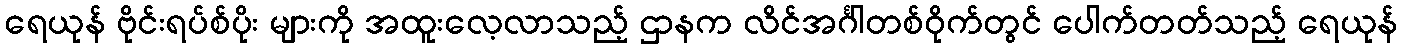
ရေယုန် ဗိုင်းရပ်စ်ပိုး များကို အထူးလေ့လာသည့် ဌာနက လိင်အင်္ဂါတစ်ဝိုက်တွင် ပေါက်တတ်သည့် ရေယုန်